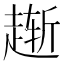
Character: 𫎸